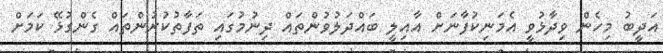
އަދީބު މިހެން ވިދާޅުވީ އެމަނިކުފާނަށް އާއިލީ ބައްދަލުވުންތައް ދިނުމުގައި ތަފާތުކުރުންތައް ގެންގުޅޭ ކަމަށް